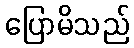
ပြောမိသည်